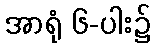
အာရုံ ၆-ပါး၌